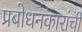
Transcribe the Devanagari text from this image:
प्रबोधनकारांची